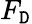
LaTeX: F_{\mathtt{D}}